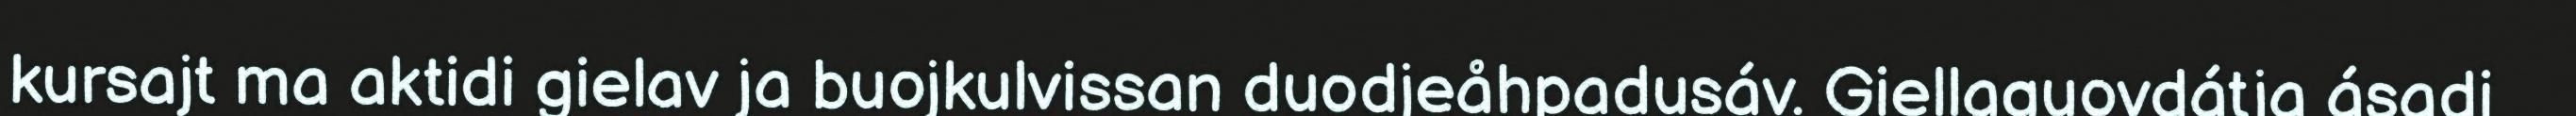
kursajt ma aktidi gielav ja buojkulvissan duodjeåhpadusáv. Giellaguovdátja ásadi